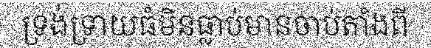
ទ្រង់ទ្រាយធំមិនធ្លាប់មានចាប់តាំងពី